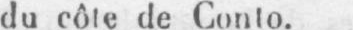
du côte de Conto.